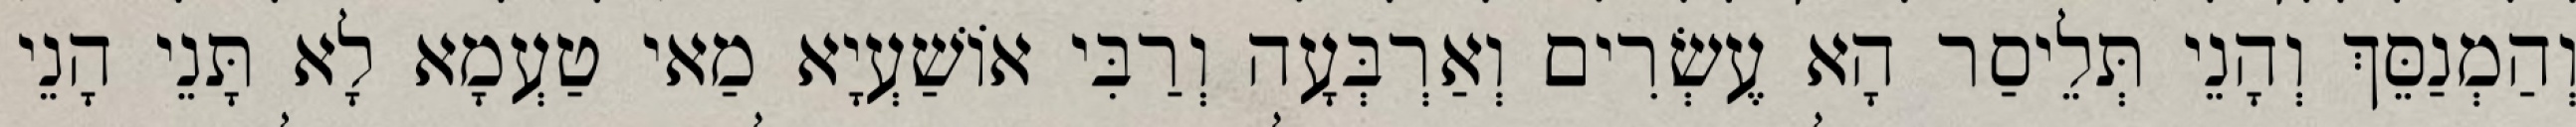
וְהַמְנַסֵּךְ וְהָנֵי תְּלֵיסַר הָא עֶשְׂרִים וְאַרְבְּעָה וְרַבִּי אוֹשַׁעְיָא מַאי טַעְמָא לָא תָּנֵי הָנֵי